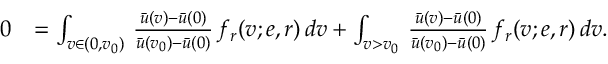
\begin{array} { r l } { 0 } & { = \int _ { v \in ( 0 , v _ { 0 } ) } \, \frac { \bar { u } ( v ) - \bar { u } ( 0 ) } { \bar { u } ( v _ { 0 } ) - \bar { u } ( 0 ) } \, f _ { r } ( v ; e , r ) \, d v + \int _ { v > v _ { 0 } } \, \frac { \bar { u } ( v ) - \bar { u } ( 0 ) } { \bar { u } ( v _ { 0 } ) - \bar { u } ( 0 ) } \, f _ { r } ( v ; e , r ) \, d v . } \end{array}